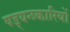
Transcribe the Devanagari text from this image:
षड्यन्त्र्कारियों